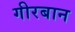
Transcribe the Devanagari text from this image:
गीरबान